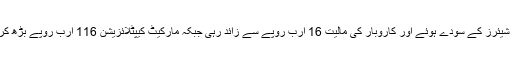
آج بازارِ حصص میں 55 کروڑ شیئرز کے سودے ہوئے اور کاروبار کی مالیت 16 ارب روپے سے زائد رہی جبکہ مارکیٹ کیپٹلائزیشن 116 ارب روپے بڑھ کر 7628 ارب روپے ہوگئی ہے۔